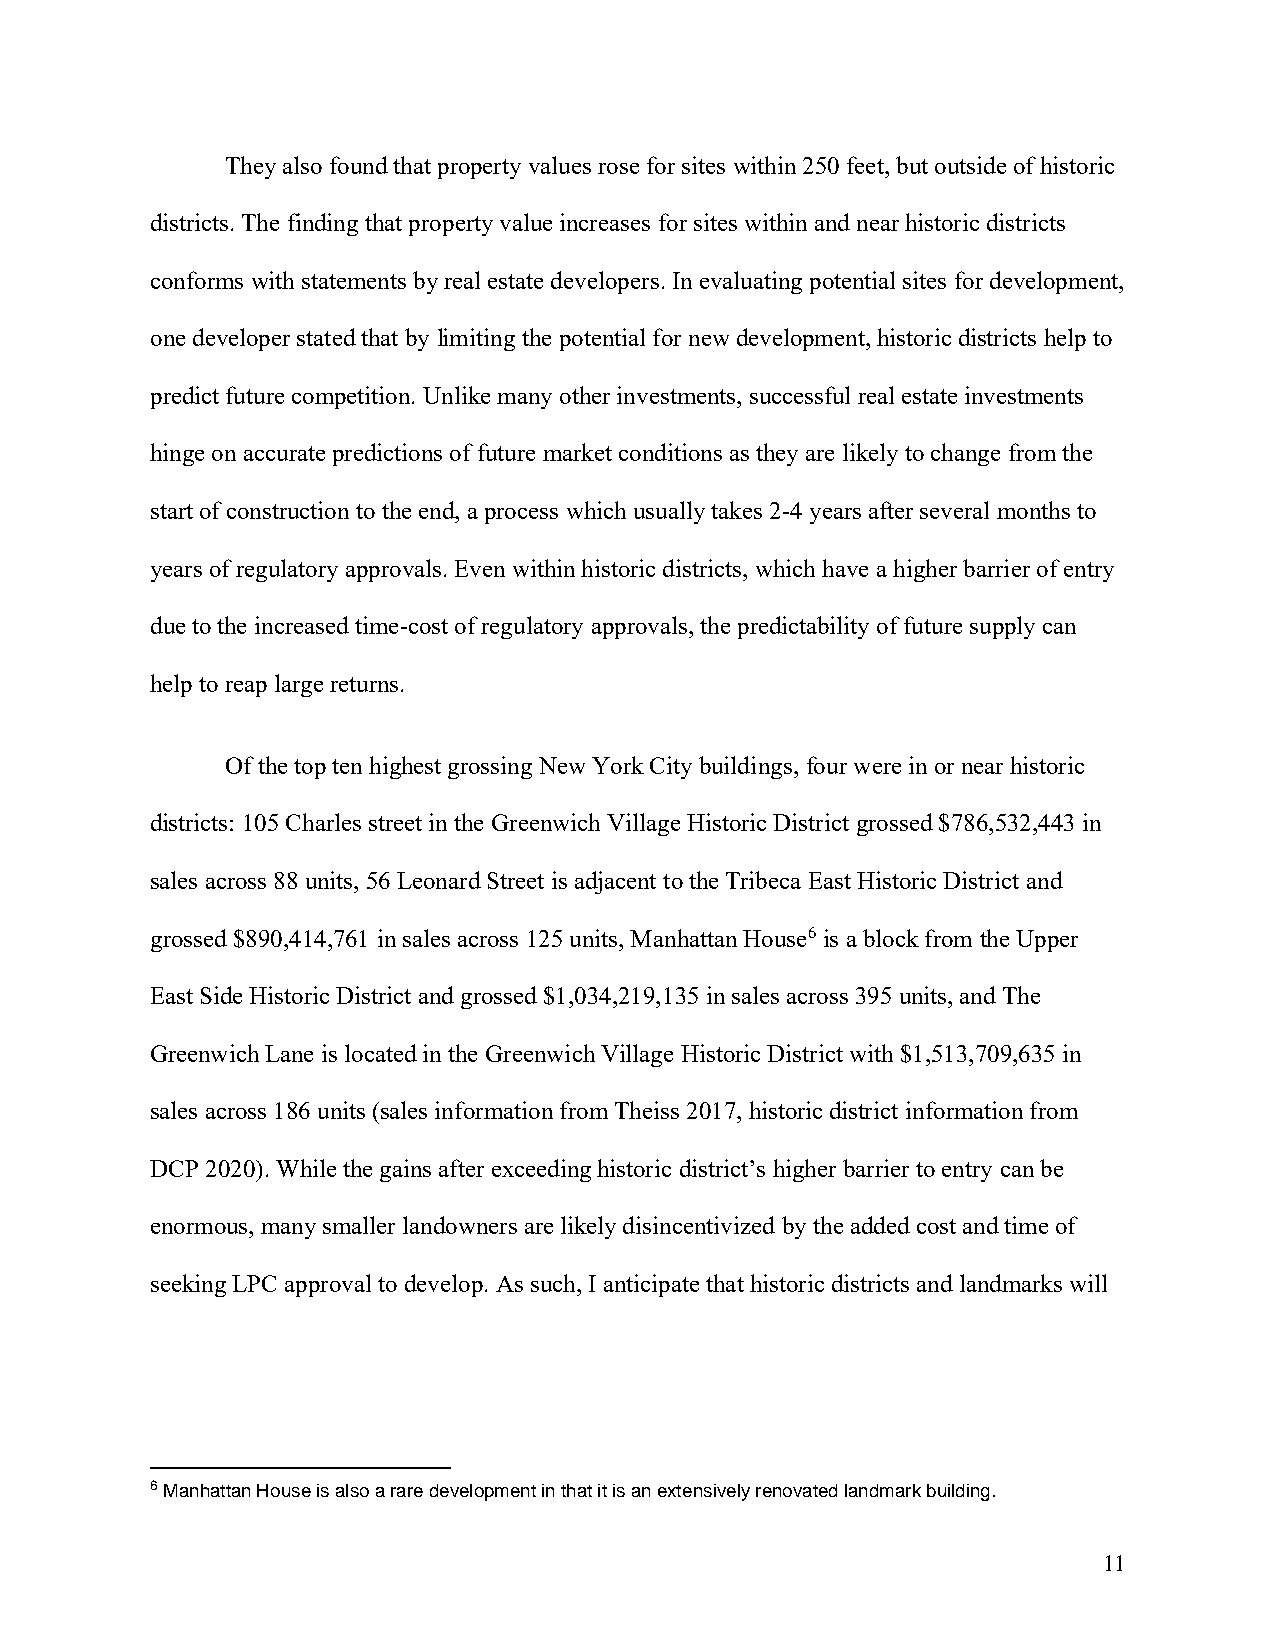
They also found that property values rose for sites within 250 feet, but outside of historic
 districts. The finding that property value increases for sites within and near historic districts
 conforms with statements by real estate developers. In evaluating potential sites for development,
 one developer stated that by limiting the potential for new development, historic districts help to
 predict future competition. Unlike many other investments, successful real estate investments
 hinge on accurate predictions of future market conditions as they are likely to change from the
 start of construction to the end, a process which usually takes 2-4 years after several months to
 years of regulatory approvals. Even within historic districts, which have a higher barrier of entry
 due to the increased time-cost of regulatory approvals, the predictability of future supply can
 help to reap large returns.
 Of the top ten highest grossing New York City buildings, four were in or near historic
 districts: 105 Charles street in the Greenwich Village Historic District grossed $786,532,443 in
 sales across 88 units, 56 Leonard Street is adjacent to the Tribeca East Historic District and
 grossed $890,414,761 in sales across 125 units, Manhattan House6 is a block from the Upper
 East Side Historic District and grossed $1,034,219,135 in sales across 395 units, and The
 Greenwich Lane is located in the Greenwich Village Historic District with $1,513,709,635 in
 sales across 186 units (sales information from Theiss 2017, historic district information from
 DCP 2020). While the gains after exceeding historic district’s higher barrier to entry can be
 enormous, many smaller landowners are likely disincentivized by the added cost and time of
 seeking LPC approval to develop. As such, I anticipate that historic districts and landmarks will
 6 Manhattan House is also a rare development in that it is an extensively renovated landmark building.
 11